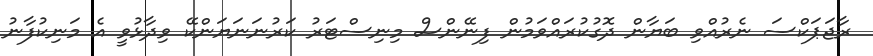
ރާޖަޕަކްސަ ނެރުއްވި ބަޔާން ދޮގުކުރައްވަމުން ފިނޭންސް މިނިސްޓަރު ކަރުނަނަޔަންކޭ ވިދާޅުވީ އެ މަނިކުފާނު